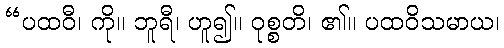
“ပထဝီ၊ ကို။ ဘူရီ၊ ဟူ၍။ ဝုစ္စတိ၊ ၏။ ပထဝိသမာယ၊